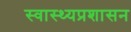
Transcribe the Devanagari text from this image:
स्वास्थ्यप्रशासन